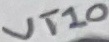
Text: VT10